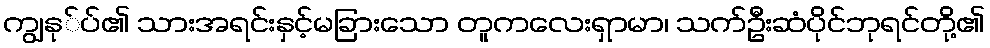
ကျွနု်ပ်၏ သားအရင်းနှင့်မခြားသော တူကလေးရှာမာ၊ သက်ဦးဆံပိုင်ဘုရင်တို့၏